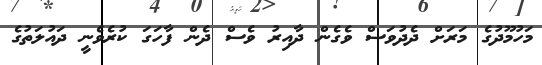
މަހުމޫދުގެ މަރަށް ދެދުވަސް ވެގެން ދާއިރު ވެސް ދެން ފާހަގަ ކުރެވެނީ ދައުލަތުގެ